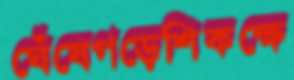
ঘেঁষেগড়েশিকক্ষে